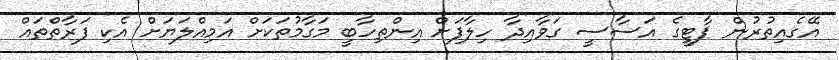
އޭގެއިތުރުން ޕާޓީގެ އަސާސީ ގަވާއިދާ ހިލާފަށް އިންތިހާބީ މަގާމުތަކަށް އަމިއްލަޔަށް އެކި ފަރާތްތައް